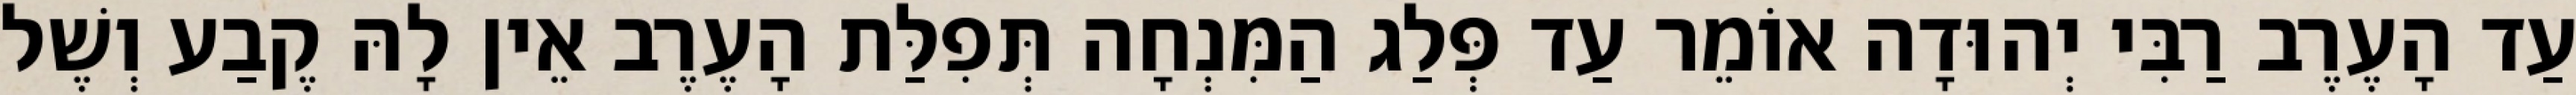
עַד הָעֶרֶב רַבִּי יְהוּדָה אוֹמֵר עַד פְּלַג הַמִּנְחָה תְּפִלַּת הָעֶרֶב אֵין לָהּ קֶבַע וְשֶׁל